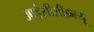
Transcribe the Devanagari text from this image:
आईसीसीडब्‍ल्‍यू